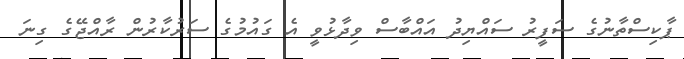
ޕާކިސްތާނުގެ ސަފީރު ސައްޔިދު އައްބާސް ވިދާޅުވީ އެ ގައުމުގެ ސަރުކާރުން ރާއްޖޭގެ ގިނަ